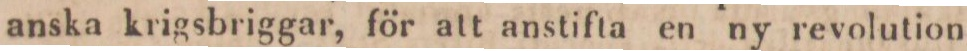
anska krigsbriggar, för att anstifta en ny revolution